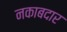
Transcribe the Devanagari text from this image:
नकाबदार